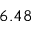
6 . 4 8